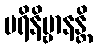
ပရိနိဗ္ဗာနန္တိ